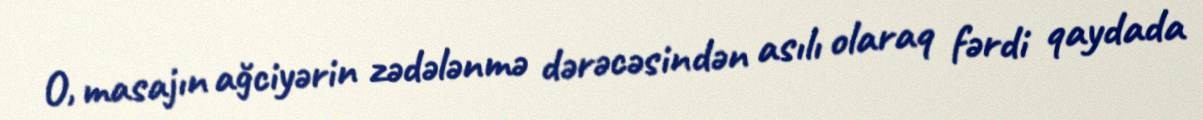
O, masajın ağciyərin zədələnmə dərəcəsindən asılı olaraq fərdi qaydada